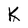
Character: K